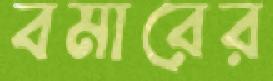
বমারের